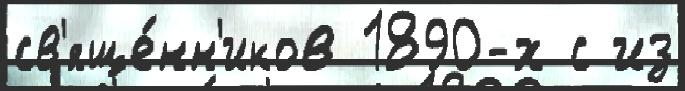
св'яще́нн'иков 1890-х с из